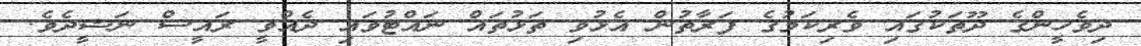
ދިވެހީންގެ ދޫތަކުގައި ވެރިކަމުގެ ފަރާތުން އެޅުވި ތަޅުތައް ނައްޓުވައި ދެއްވީ ރައީސް ނަޝީދެވެ.